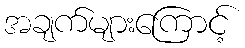
အချက်များကြောင့်